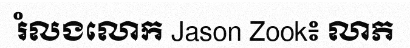
រំលងលោក Jason Zook៖ លាភ